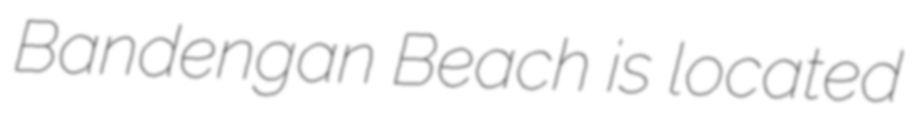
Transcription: Bandengan Beach is located